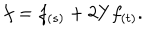
f = f _ { ( s ) } + 2 Y f _ { ( t ) } .